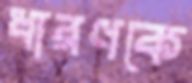
ধারণকে